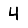
Digit: 4